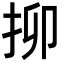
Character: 㧕